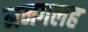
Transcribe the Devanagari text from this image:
मनगलह